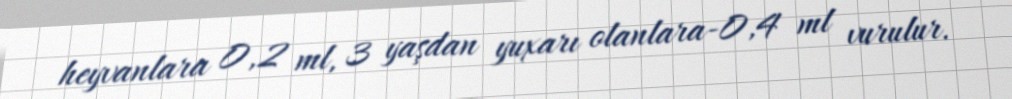
heyvanlara 0,2 ml, 3 yaşdan yuxarı olanlara-0,4 ml vurulur.